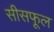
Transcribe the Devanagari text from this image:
सीसफूल